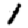
Digit: 1